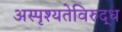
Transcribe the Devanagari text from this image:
अस्पृश्यतेविरुद्ध